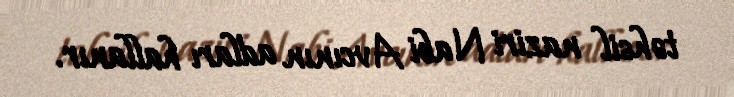
təhsil naziri Nabi Avcının adları hallanır.